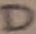
Text: D